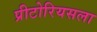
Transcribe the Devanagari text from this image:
प्रीटोरियसला